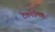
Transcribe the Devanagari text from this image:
टेक्नोमिक